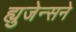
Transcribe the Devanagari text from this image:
ह्युजेन्सने